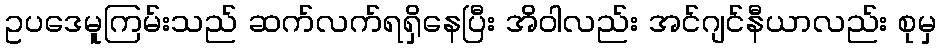
ဥပဒေမူကြမ်းသည် ဆက်လက်ရရှိနေပြီး အိဝါလည်း အင်ဂျင်နီယာလည်း စုမှ